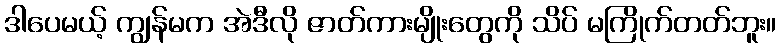
ဒါပေမယ့် ကျွန်မက အဲဒီလို ဇာတ်ကားမျိုးတွေကို သိပ် မကြိုက်တတ်ဘူး။